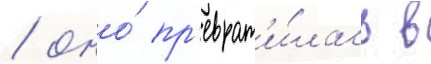
/ оно́ пр'еврат'и́лась в